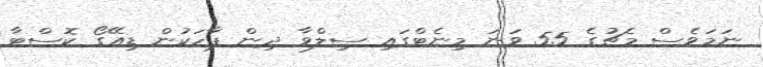
ނަމަވެސް މެޗުގެ 55 ވަނަ މިނެޓްގައި ސިލްވާ ދިން ޕާހަކުން ޑިއޭގޯ ކޮސްޓާ